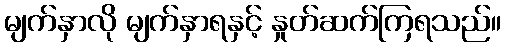
မျက်နှာလို မျက်နှာရနှင့် နှုတ်ဆက်ကြရသည်။